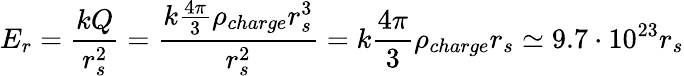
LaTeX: E_{r}=\frac{kQ}{r_{s}^{2}}=\frac{k\frac{4\pi}{3}\rho_{charge}r_{s}^{3}}{r_{s}^{2}}=k\frac{4\pi}{3}\rho_{charge}r_{s}\simeq 9.7\cdot 10^{23}r_{s}